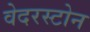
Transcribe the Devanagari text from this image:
वेदरस्‍टोन